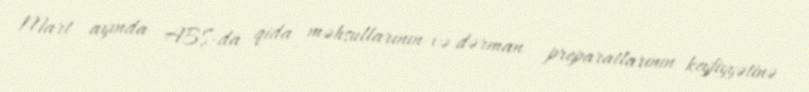
Mart ayında ABŞ-da qida məhsullarının və dərman preparatlarının keyfiyyətinə